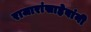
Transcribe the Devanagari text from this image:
राजारांसाहेबांनी